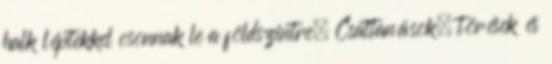
halk léptekkel osonnak le a földszintre. Csattanások, törések és